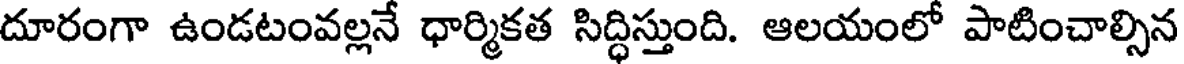
దూరంగా ఉండటంవల్లనే ధార్మికత సిద్ధిస్తుంది. ఆలయంలో పాటించాల్సిన